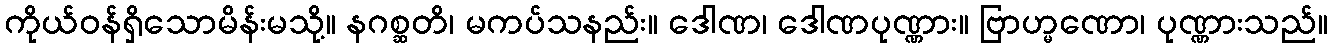
ကိုယ်ဝန်ရှိသောမိန်းမသို့။ နဂစ္ဆတိ၊ မကပ်သနည်း။ ဒေါဏ၊ ဒေါဏပုဏ္ဏား။ ဗြာဟ္မဏော၊ ပုဏ္ဏားသည်။